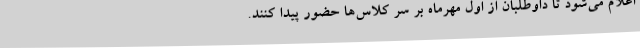
اعلام می‌شود تا داوطلبان از اول مهرماه بر سر کلاس‌ها حضور پیدا کنند.